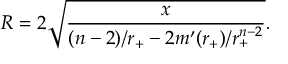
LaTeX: R = 2 \sqrt { \frac { x } { ( n - 2 ) / r _ { + } - 2 m ^ { \prime } ( r _ { + } ) / r _ { + } ^ { n - 2 } } } .